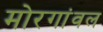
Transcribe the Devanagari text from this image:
मोरगांवल